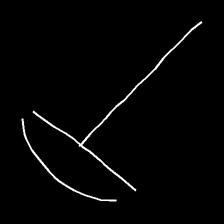
Glyph: dispersion